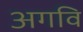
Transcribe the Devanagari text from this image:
अगवि